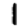
Digit: 1